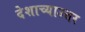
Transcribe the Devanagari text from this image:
देशाच्याउत्तर